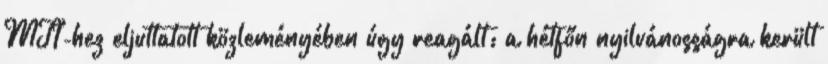
MTI-hez eljuttatott közleményében úgy reagált: a hétfőn nyilvánosságra került